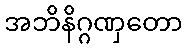
အဘိနိဂ္ဂဏှတော